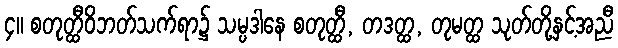
၄။ စတုတ္ထီဝိဘတ်သက်ရာ၌ သမ္ပဒါနေ စတုတ္ထီ, တဒတ္ထ, တုမတ္ထ သုတ်တို့နှင့်အညီ